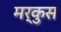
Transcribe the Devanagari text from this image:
मर्कुस